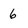
Character: 6